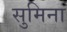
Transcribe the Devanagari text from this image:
सुमिना